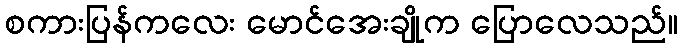
စကားပြန်ကလေး မောင်အေးချိုက ပြောလေသည်။